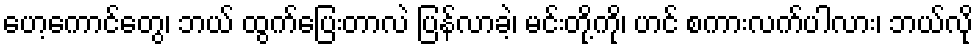
ဟေ့ကောင်တွေ၊ ဘယ် ထွက်ပြေးတာလဲ ပြန်လာခဲ့၊ မင်းတို့ကို၊ ဟင် စကားလက်ပါလား၊ ဘယ်လို